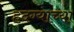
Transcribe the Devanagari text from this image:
हदग्याच्या